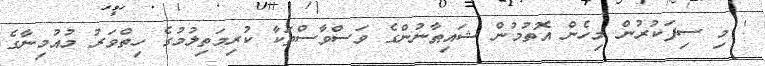
' މި ސިފަކުރުން މިހެން އޮތުމުން ޝައިޠާނުންގެ ވަސްވާސްތަކާ ކުރިމަތިލުމުގެ ހިތްވަރު މުއުމިނާގެ